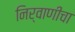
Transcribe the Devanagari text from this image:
निर्वाणीचा